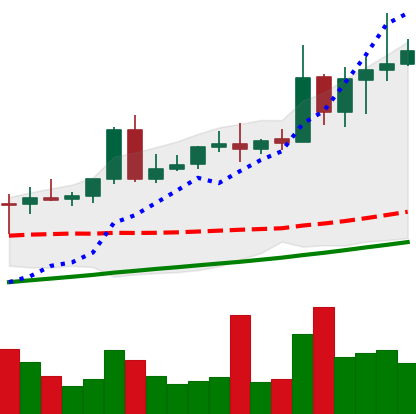
Ticker: NEO-USD
Chart end date: 2020-08-15
Forward return: 17.499%
Label: up_7plus